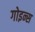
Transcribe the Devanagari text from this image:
गोइन्स